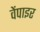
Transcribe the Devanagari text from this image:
वेंपाइर